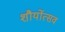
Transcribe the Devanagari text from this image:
शौर्योत्सव